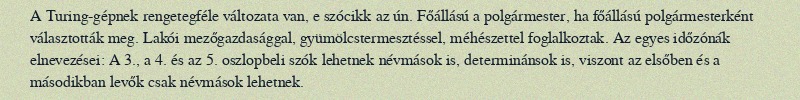
A Turing-gépnek rengetegféle változata van, e szócikk az ún. Főállású a polgármester, ha főállású polgármesterként választották meg. Lakói mezőgazdasággal, gyümölcstermesztéssel, méhészettel foglalkoztak. Az egyes időzónák elnevezései: A 3., a 4. és az 5. oszlopbeli szók lehetnek névmások is, determinánsok is, viszont az elsőben és a másodikban levők csak névmások lehetnek.